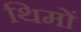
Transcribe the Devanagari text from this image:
थिमों